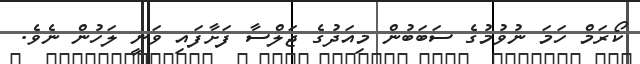
ކޯރަމް ހަމަ ނުވުމުގެ ސަބަބުން މިއަދުގެ ޖަލްސާ ފަށާފައި ވަނީ ލަހުން ނެވެ.